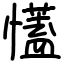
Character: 𢣏